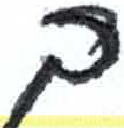
אות: ך